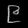
Digit: ၉